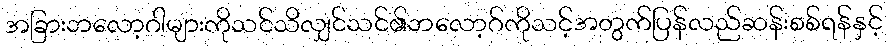
အခြားဘလော့ဂါများကိုသင်သိလျှင်သင်၏ဘလော့ဂ်ကိုသင့်အတွက်ပြန်လည်ဆန်းစစ်ရန်နှင့်